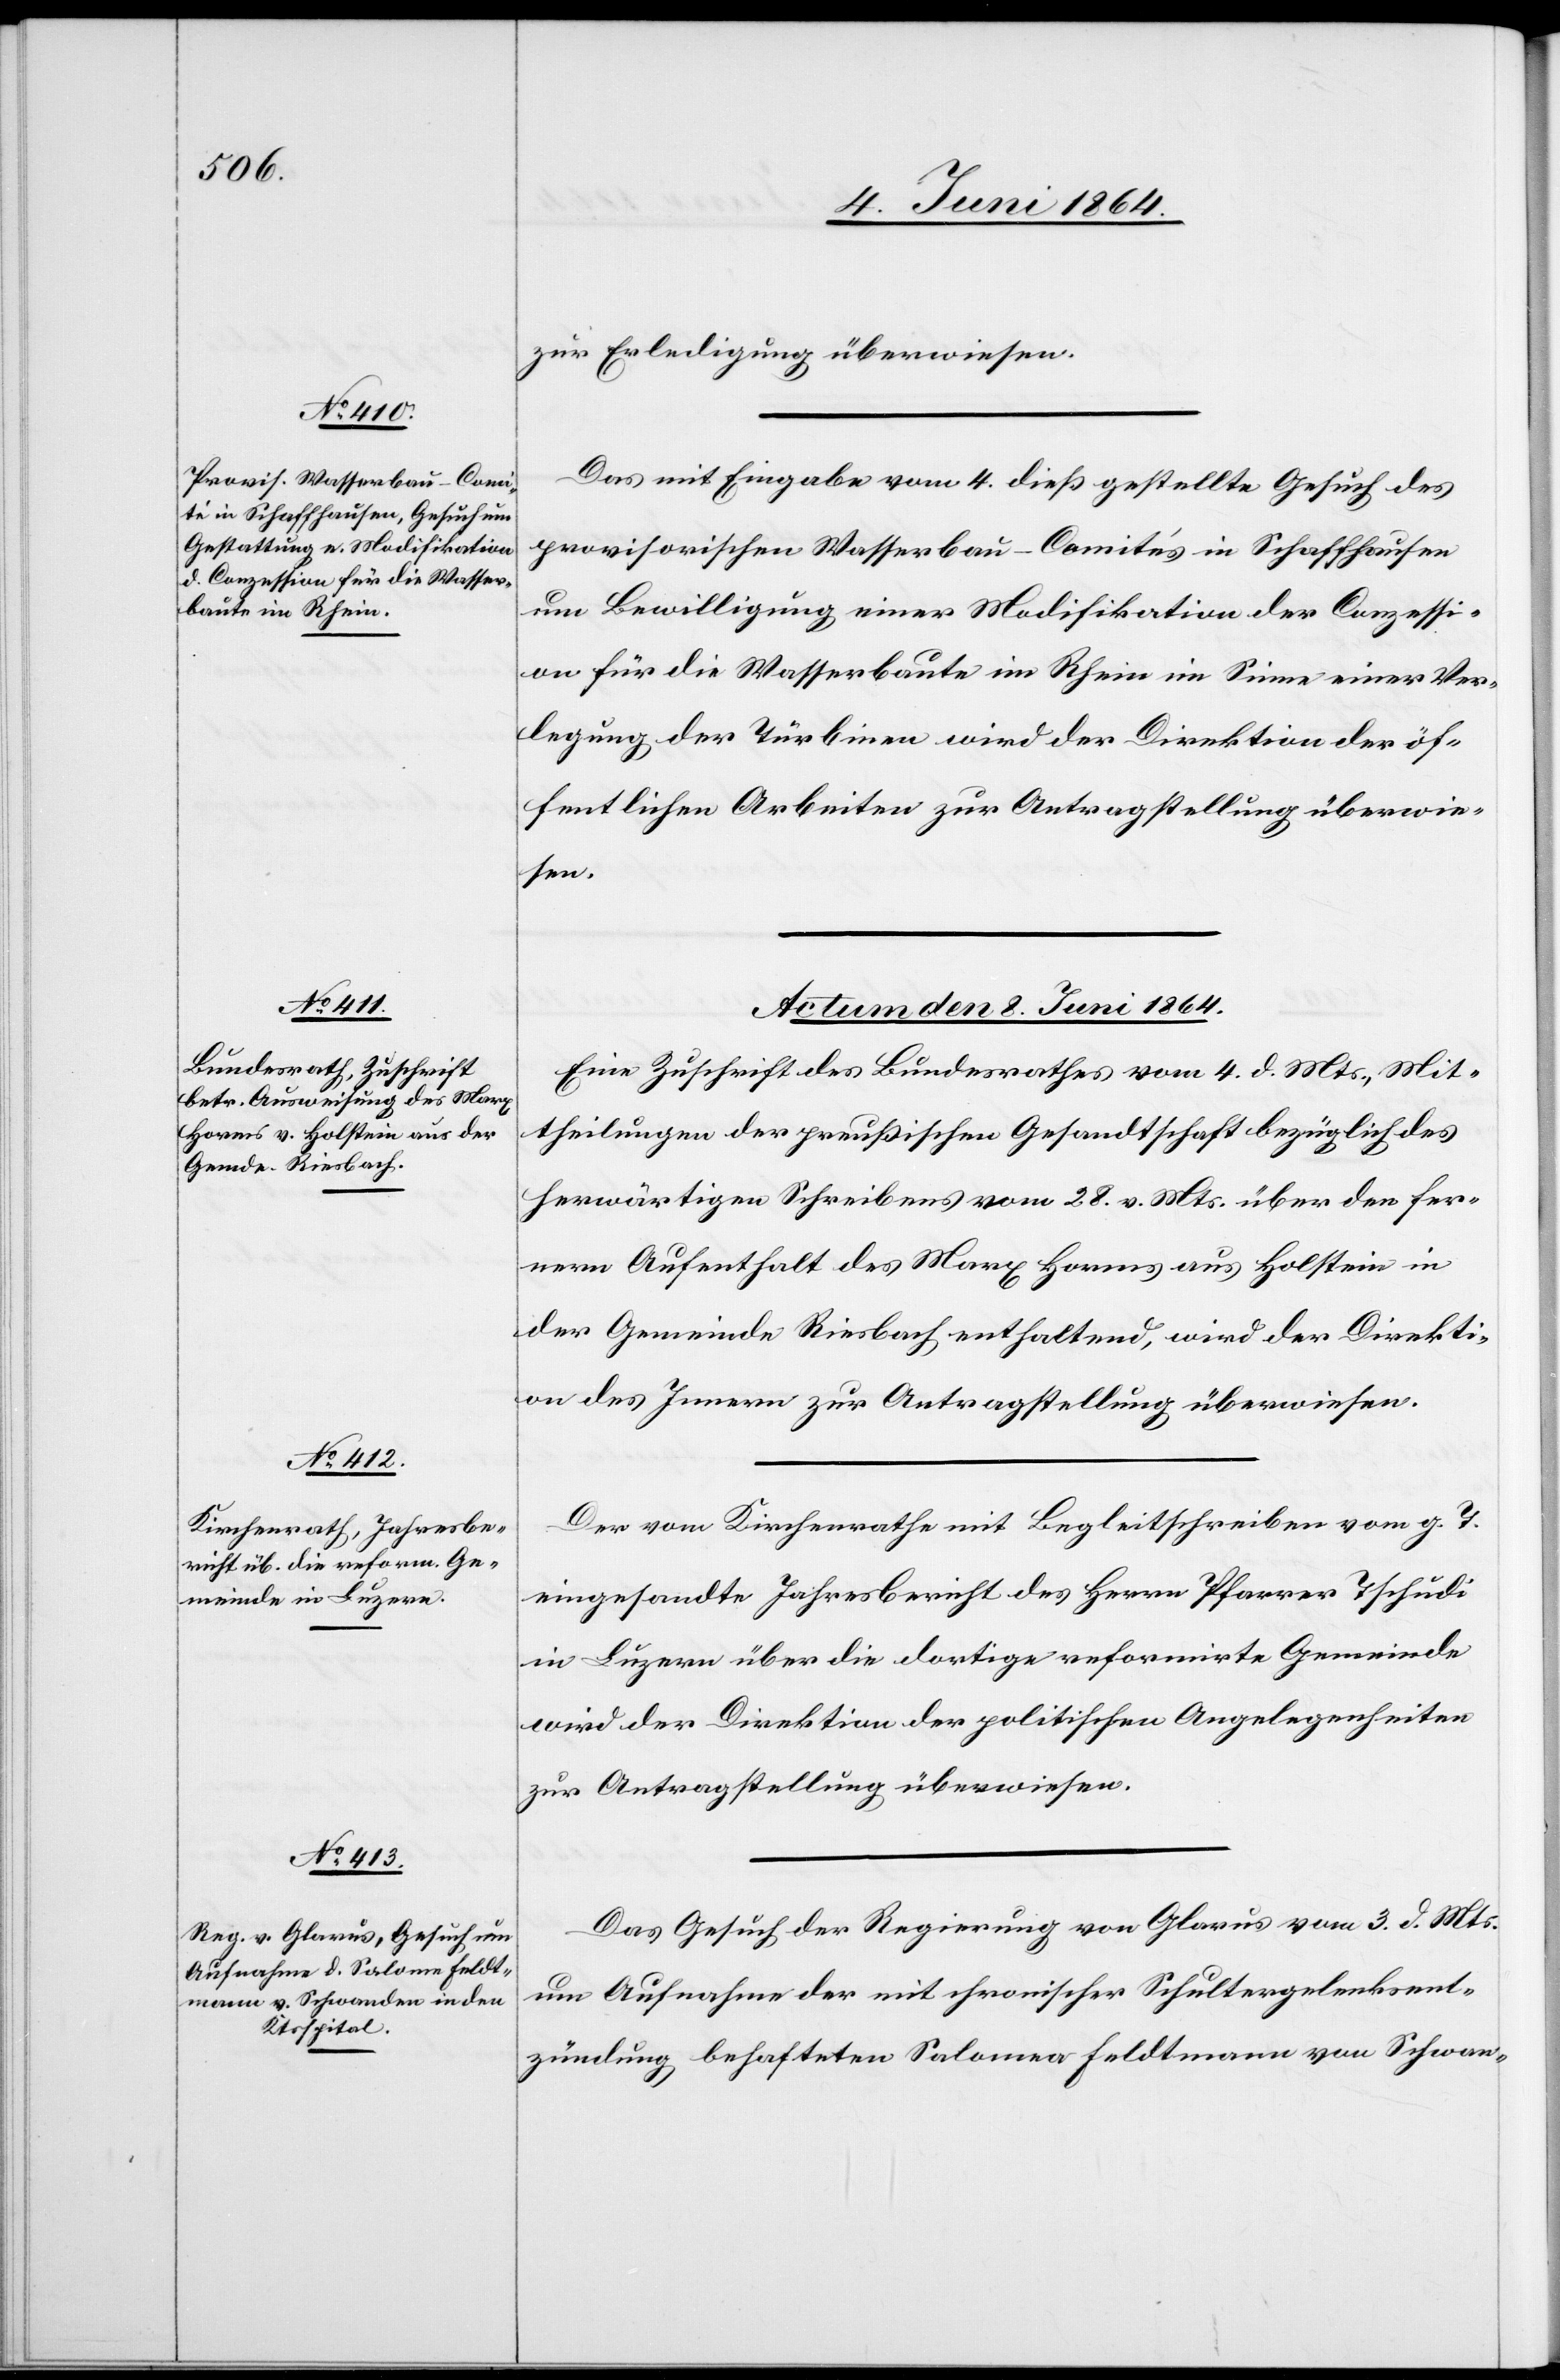
zur Erledigung überwiesen.
Das mit Eingabe vom 4. dieß gestellte Gesuch des
provisorischen Wasserbau-Comités in Schaffhausen
um Bewilligung einer Modifikation der Conzessi¬
on für die Wasserbaute im Rhein im Sinne einer Ver¬
legung der Türbinen wird der Direktion der öf¬
fentlichen Arbeiten zur Antragstellung überwie¬
sen.
Actum den 8. Juni 1864.]
Eine Zuschrift des Bundesrathes vom 4. d. Mts., Mit¬
theilungen der preußischen Gesandtschaft bezüglich des
herwärtigen Schreibens vom 28. v. Mts. über den fer¬
nern Aufenthalt des Marx Horms aus Holstein in
der Gemeinde Riesbach enthaltend, wird der Direkti¬
on des Innern zur Antragstellung überwiesen.
Der vom Kirchenrathe mit Begleitschreiben vom g. T.
eingesandte Jahresbericht des Herrn Pfarrer Tschudi
in Luzern über die dortige reformirte Gemeinde
wird der Direktion der politischen Angelegenheiten
zur Antragstellung überwiesen.
Das Gesuch der Regierung von Glarus vom 3. d. Mts.
um Aufnahme der mit chronischer Schultergelenksent¬
zündung behafteten Salomea [sic!] Feldtmann von Schwan-